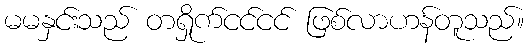
မမနှင်းသည် တရှိုက်ငင်ငင် ဖြစ်လာဟန်တူသည်။